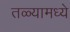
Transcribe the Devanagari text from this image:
तळ्यामध्ये